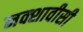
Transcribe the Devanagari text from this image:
नक्शावीसी